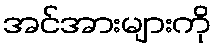
အင်အားများကို